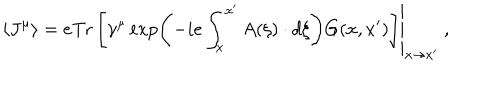
\left\langle J ^ { \mu } \right\rangle = \left. e \mathrm { T r } \left[ \gamma ^ { \mu } \exp \left( - i e \int _ { x } ^ { x ^ { \prime } } A ( \xi ) \cdot d \xi \right) G ( x , x ^ { \prime } ) \right] \right| _ { x \rightarrow x ^ { \prime } } \ ,